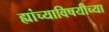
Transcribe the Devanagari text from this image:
ह्यांच्याविषयीच्या